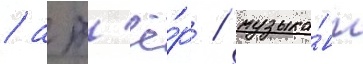
/ акт'ё́р / музыка́нт